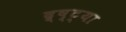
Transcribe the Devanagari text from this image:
द्र्ष्ट्या